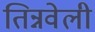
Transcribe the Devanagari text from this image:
तिन्नवेली